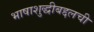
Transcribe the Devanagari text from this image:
भाषाशुद्धीबद्दलची